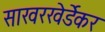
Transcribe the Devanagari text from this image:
साखरखेर्डेकर